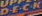
D.E.C.R